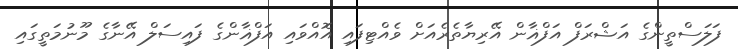
ފަލަސްތީންގެ އަޝްރަފް އަފްޣާން އޭރިޔާތެރެއަށް ވެއްޓިފައި އޮއްވައި އަފްޣާންގެ ފައިސަލް އޭނާގެ މޫނުމަތީގައި